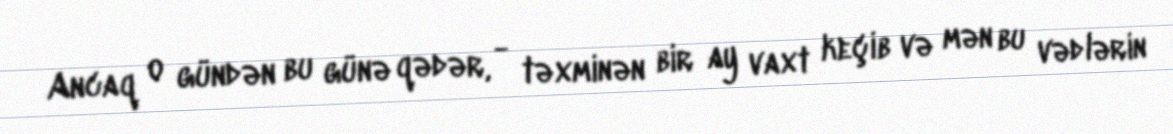
Ancaq o gündən bu günə qədər, - təxminən bir ay vaxt keçib və mən bu vədlərin